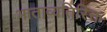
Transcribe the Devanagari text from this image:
भाताव्यतिरिक्त